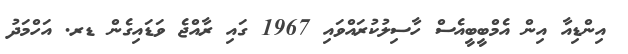
އިންޑިއާ އިން އެމްބީބީއެސް ހާސިލުކުރައްވައި 1967 ގައި ރާއްޖެ ވަޑައިގެން ޑރ. އަހްމަދު